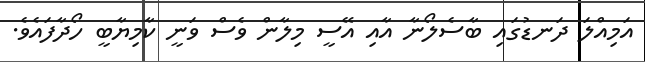
އަމިއްލަ ދަނޑުގައި ބާސެލޯނާ އާއި އޭސީ މިލާން ވެސް ވަނީ ކާމިޔާބީ ހޯދާފައެވެ.